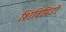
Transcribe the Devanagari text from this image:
शिविपिंडी